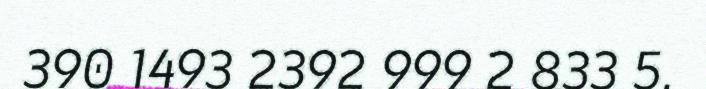
390 1493 2392 999 2 833 5.